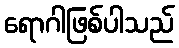
ရောဂါဖြစ်ပါသည်